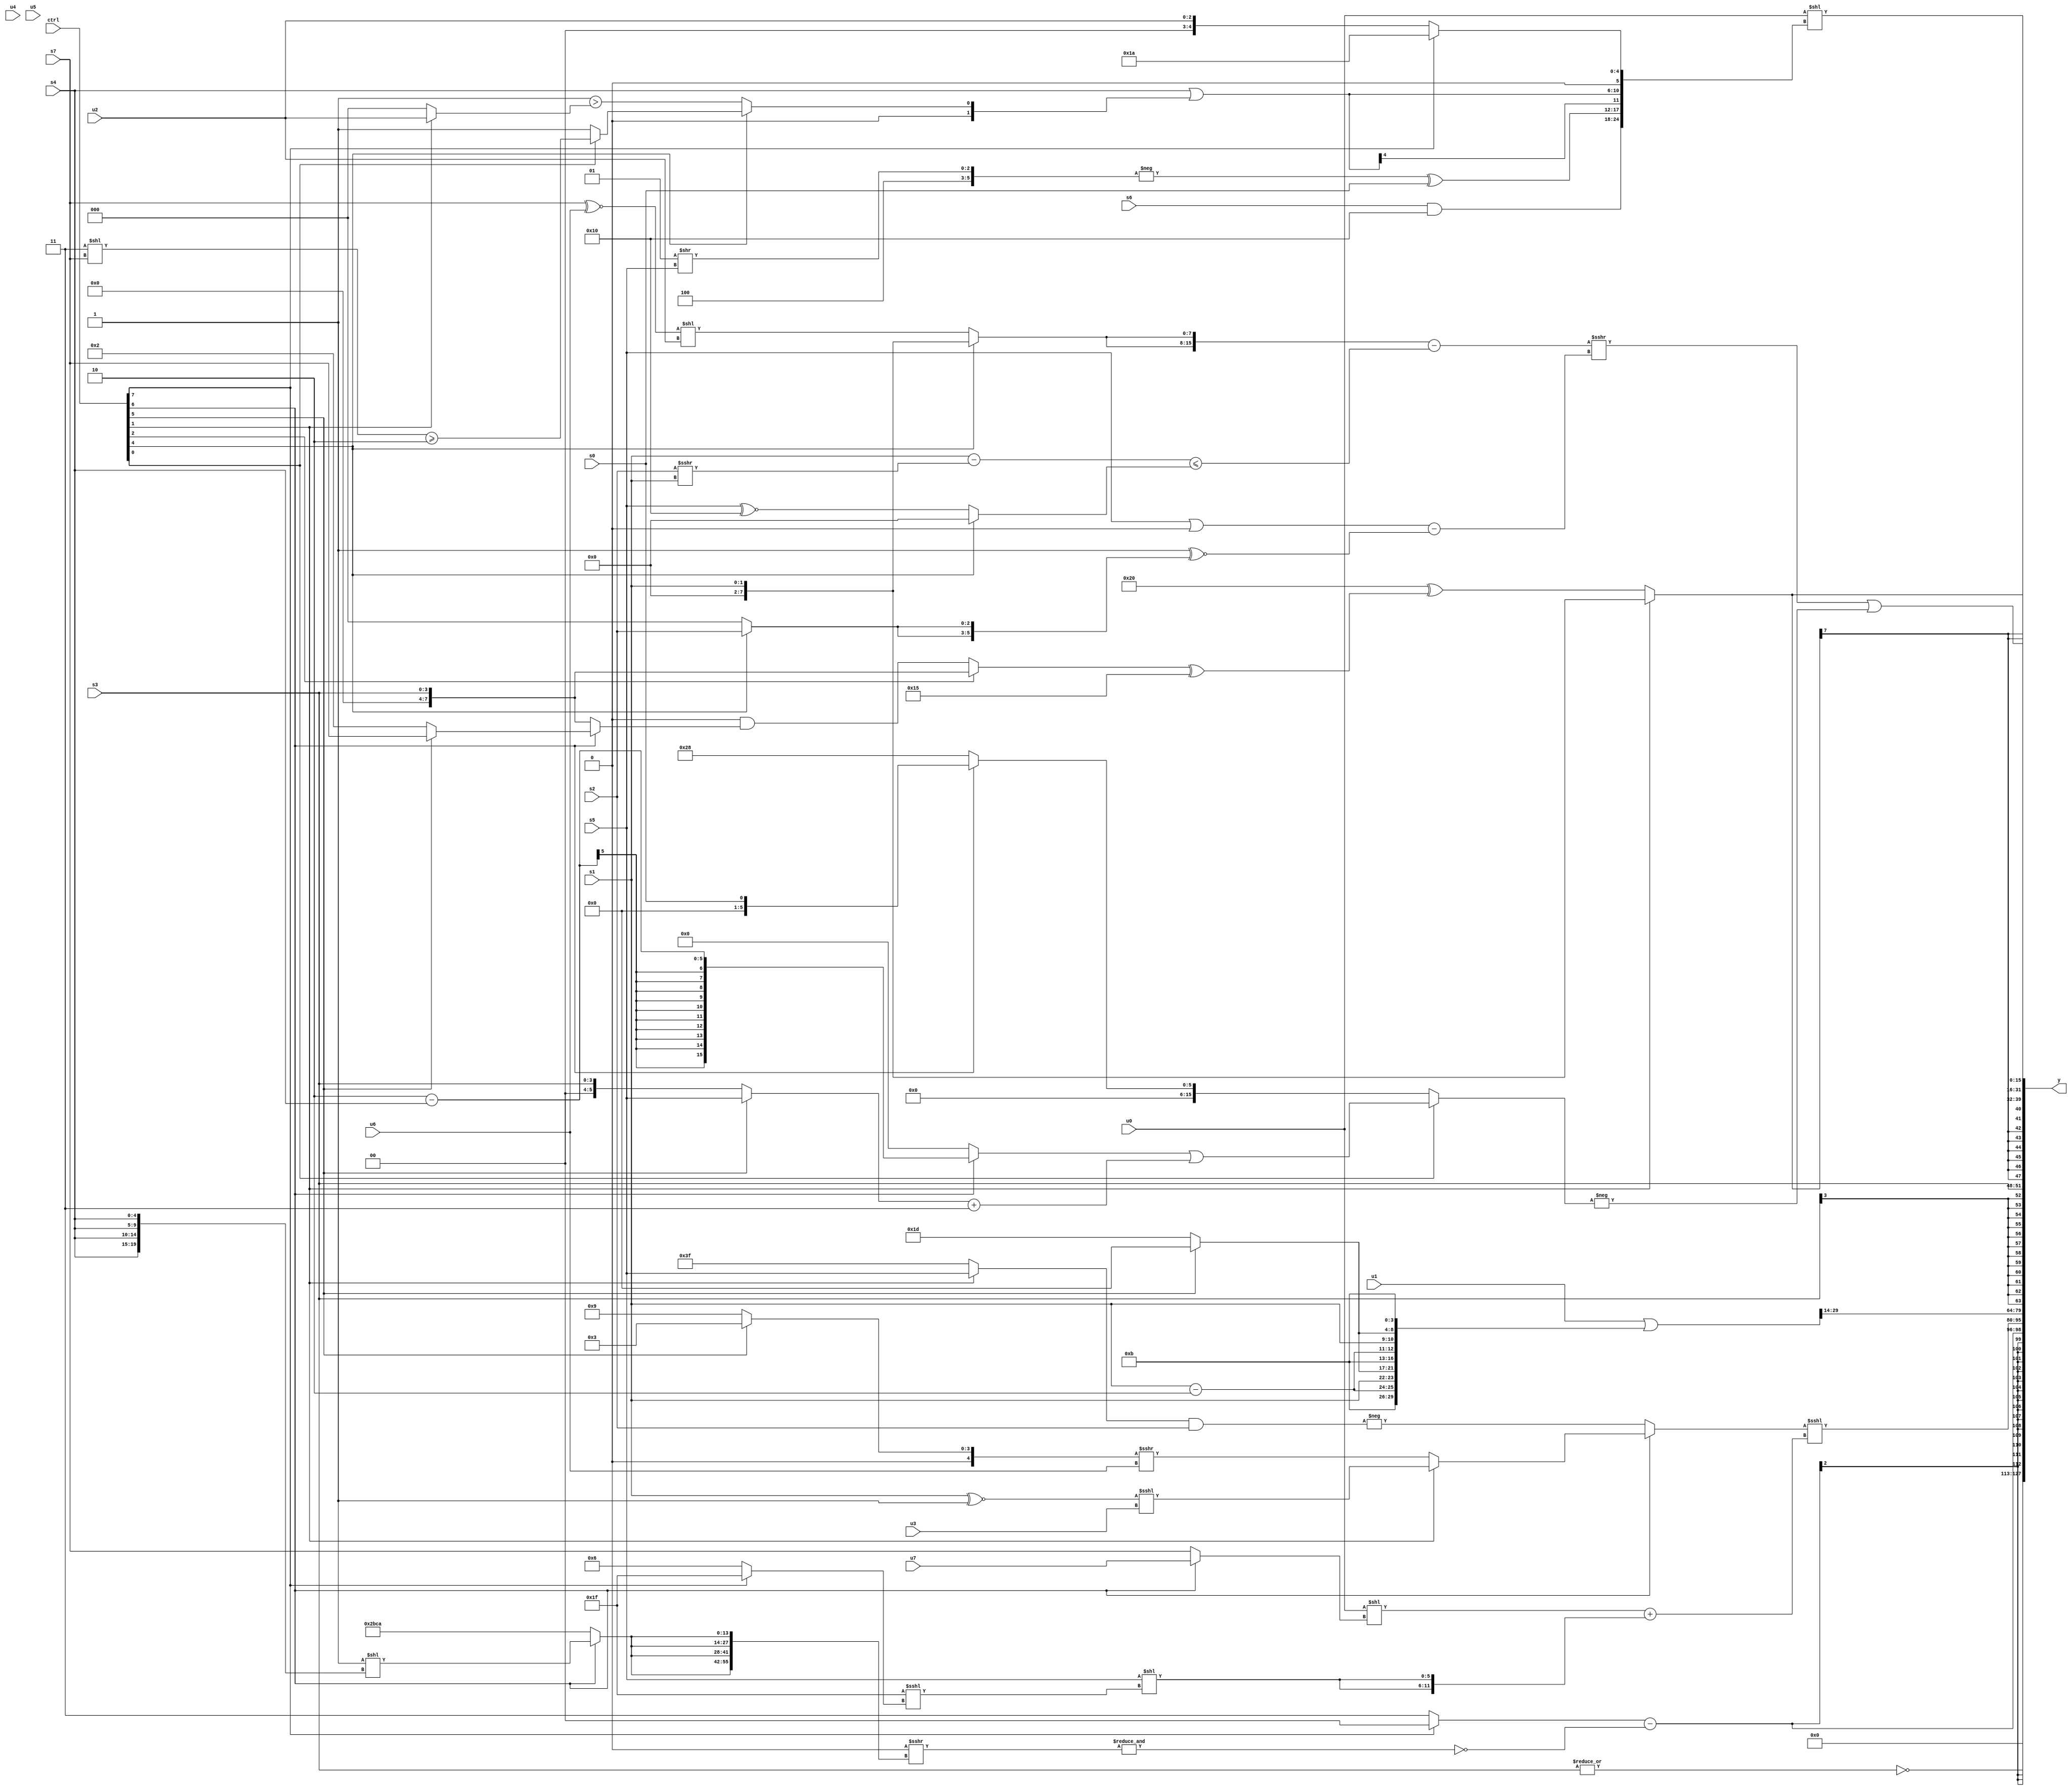
module wideexpr_00732(ctrl, u0, u1, u2, u3, u4, u5, u6, u7, s0, s1, s2, s3, s4, s5, s6, s7, y);
  input [7:0] ctrl;
  input [0:0] u0;
  input [1:0] u1;
  input [2:0] u2;
  input [3:0] u3;
  input [4:0] u4;
  input [5:0] u5;
  input [6:0] u6;
  input [7:0] u7;
  input signed [0:0] s0;
  input signed [1:0] s1;
  input signed [2:0] s2;
  input signed [3:0] s3;
  input signed [4:0] s4;
  input signed [5:0] s5;
  input signed [6:0] s6;
  input signed [7:0] s7;
  output [127:0] y;
  wire [15:0] y0;
  wire [15:0] y1;
  wire [15:0] y2;
  wire [15:0] y3;
  wire [15:0] y4;
  wire [15:0] y5;
  wire [15:0] y6;
  wire [15:0] y7;
  assign y = {y0,y1,y2,y3,y4,y5,y6,y7};
  assign y0 = ~|(s3);
  assign y1 = ((ctrl[7]?(5'b11000)&({3{!(5'sb01110)}}):({2{1'sb1}})^({2{+($signed((s6)<<(6'b111111)))}})))-(~&(($signed($signed((1'sb0)&((4'sb0111)|(4'sb1000)))))>>>({4{(ctrl[6]?((4'sb1110)>(4'sb1100))<<({4{s4}}):$unsigned({3'sb101,1'sb0,5'sb11110,5'sb01010}))}})));
  assign y2 = ((ctrl[6]?(ctrl[1]?(+((s1)^~(1'sb1)))<<<(+($signed(u3))):(ctrl[6]?((ctrl[5]?3'sb011:6'sb001001))>>>(+(u6)):$signed({2'b01}))):-(((ctrl[1]?s5:3'sb111))&(s2))))<<<(((u0)<<(($signed((ctrl[6]?u7:s7)))>>>(1'sb0)))+({2{({1{+(s5)}})<<((+(6'b011111))<<<((ctrl[7]?5'sb11111:4'sb0110)))}}));
  assign y3 = (($signed(u1))|(+($signed($signed($unsigned({3{{(s1)-(2'sb10),s1,(ctrl[5]?1'sb0:5'sb11101),4'sb1011}}}))))))>>>(4'sb1110);
  assign y4 = s3;
  assign y5 = $signed((ctrl[1]?s1:(6'sb100000)^(((ctrl[2]?s3:(+(((u0)>>(1'sb1))>>>(1'b1)))&((ctrl[6]?+((ctrl[5]?s7:4'sb0010)):s3))))^(6'sb010101))));
  assign y6 = $signed(((({2{(ctrl[4]?s1:((s7)^~(u6))<<($signed(u2)))}})-(($unsigned(($unsigned(s1))-((s2)>>>(s1))))<=({1{(ctrl[4]?-(2'sb00):(s5)^~(5'sb10000))}})))>>>(((s5)|(2'sb00))-((($signed(4'sb0111))|((+(1'sb0))|(2'sb10)))^~($signed({2{(ctrl[4]?s2:1'sb0)}})))))|(-(((ctrl[0]?((ctrl[6]?(2'sb10)-(s4):(1'sb0)<<(1'sb1)))|(((ctrl[5]?s5:s3))+($signed(2'sb11))):((ctrl[6]?s0:$signed(6'sb101000)))>>({2{(s4)<<<(3'sb101)}})))>>((^({{1'b0,s2,s2},u6}))>>>(3'sb001)))));
  assign y7 = (($signed(+(u0)))<<({((s6)>>>(~&($signed(-({1'sb1})))))&($signed(5'sb10000)),(-({3'sb100,(3'sb001)>>(s5)}))^($signed(s0)),(s4)|($signed((ctrl[4]?(ctrl[0]?((2'sb11)<<(s7))>=(3'b010):(^(3'sb111))+((6'sb000001)<<<(4'sb1100))):((-(5'b00110))>=(+(6'sb010101)))>((ctrl[1]?u2:~&(1'b1)))))),(ctrl[7]?(6'b010100)^($signed(-(-(5'sb01110)))):u2)}))<<<((((((ctrl[6]?($signed((u5)+(6'b000011)))==({-(3'b100),5'b10111,+(3'sb111),(3'sb100)+(s7)}):(ctrl[0]?u0:s7)))>>(($unsigned({{3{s5}}}))<<({2{$signed(3'sb100)}})))<<((3'sb001)<=($signed(s0))))^~((ctrl[7]?u5:(ctrl[7]?(ctrl[0]?{4{1'sb0}}:((~^(s2))&(^(s1)))<<(u3)):{u3,(s0)>>(+((6'sb100011)<<(5'b01011))),-(+((u1)==(u6))),$signed(-((s4)==(2'sb01)))}))))<<<({(1'sb0)^~(+(6'b011010))}));
endmodule